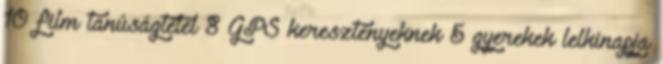
10 film tanúságtétel 8 GPS keresztényeknek 5 gyerekek lelkinapja